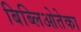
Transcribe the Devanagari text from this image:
बिब्लिओतेका